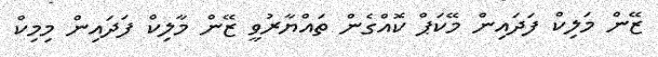
ޒޭން މަލިކް ފަދައިން މޭކަޕް ކޮއްގެން ތައްޔާރުވީ ޒޭން މާލިކް ފަދައިން މިމިކް